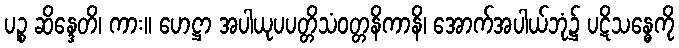
ပဉ္စ ဆိန္ဒေတိ၊ ကား။ ဟေဋ္ဌာ အပါယုပပတ္တိသံဝတ္တနိကာနိ၊ အောက်အပါယ်ဘုံ၌ ပဋိသန္ဓေကို